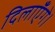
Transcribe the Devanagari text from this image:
दिलाएँगे।